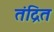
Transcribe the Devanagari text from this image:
तंद्रित